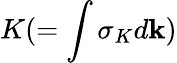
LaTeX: K(=\int\sigma_{K}d{\mathbf{k}})